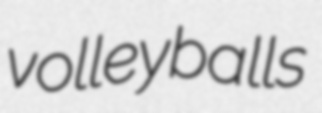
volleyballs